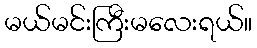
မယ်မင်းကြီးမလေးရယ်။